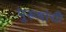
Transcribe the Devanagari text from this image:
पुरूषांची